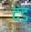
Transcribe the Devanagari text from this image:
दंड़